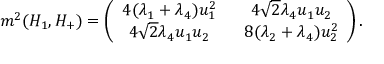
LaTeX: m ^ { 2 } ( H _ { 1 } , H _ { + } ) = \left( \begin{array} { c c } { { 4 ( \lambda _ { 1 } + \lambda _ { 4 } ) u _ { 1 } ^ { 2 } \ \ } } & { { 4 \sqrt { 2 } \lambda _ { 4 } u _ { 1 } u _ { 2 } } } \\ { { 4 \sqrt { 2 } \lambda _ { 4 } u _ { 1 } u _ { 2 } \ \ } } & { { 8 ( \lambda _ { 2 } + \lambda _ { 4 } ) u _ { 2 } ^ { 2 } } } \end{array} \right) .